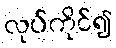
လုပ်ကိုင်၍